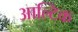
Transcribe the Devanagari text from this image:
आल्टिक